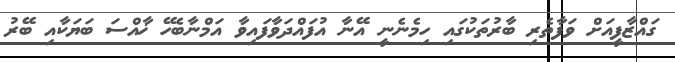
ގައްޒާފީއަށް ވަފާތެރި ބާރުތަކުގައި ހިމެނެނީ އޭނާ އުފައްދަވާފައިވާ އަމްނާބެހޭ ޚާއްސަ ބަޔަކާއި ބޭރު